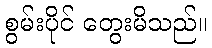
စွမ်းပိုင် တွေးမိသည်။